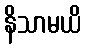
နိသာမယိ